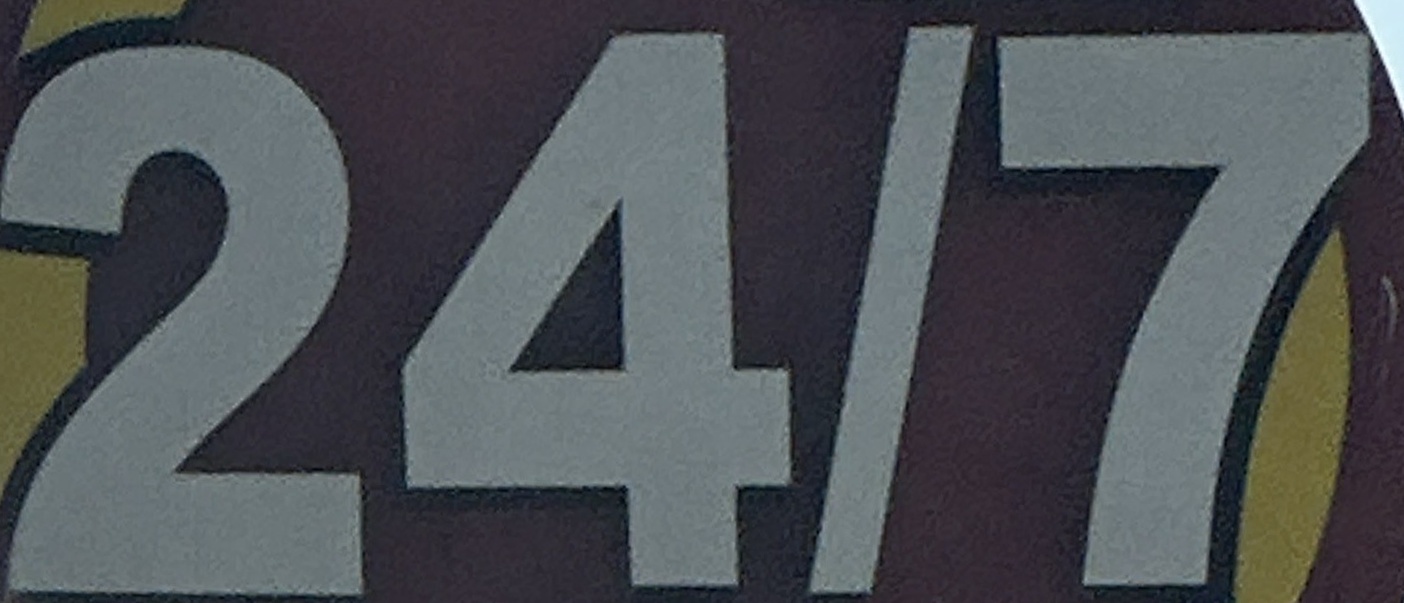
24/7